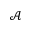
\mathcal A